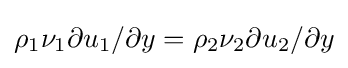
\rho _{1}\nu _{1}\partial u_{1}/\partial y=\rho _{2}\nu _{2}\partial u_{2}/\partial y